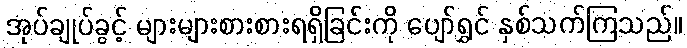
အုပ်ချုပ်ခွင့် များများစားစားရရှိခြင်းကို ပျော်ရွှင် နှစ်သက်ကြသည်။